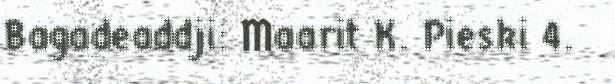
Bagadeaddji: Maarit K. Pieski 4.